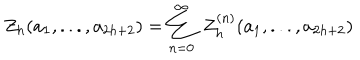
LaTeX: Z _ { h } ( a _ { 1 } , . . . , a _ { 2 h + 2 } ) = \sum _ { n = 0 } ^ { \infty } \; Z _ { h } ^ { ( n ) } ( a _ { 1 } , . . . , a _ { 2 h + 2 } )